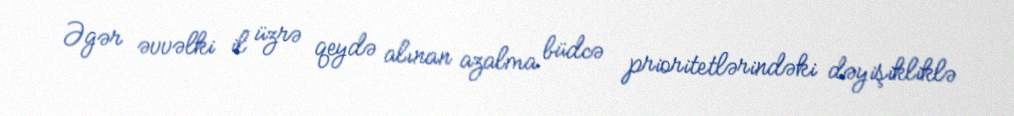
Əgər əvvəlki il üzrə qeydə alınan azalma büdcə prioritetlərindəki dəyişikliklə